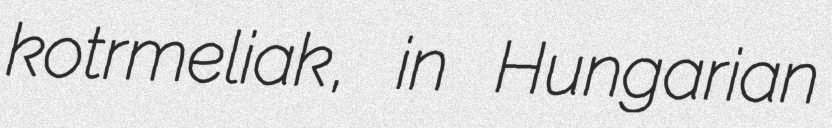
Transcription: kotrmeliak, in Hungarian